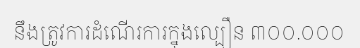
នឹងត្រូវការដំណើរការក្នុងល្បឿន ៣០០.០០០